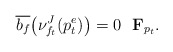
\begin{align*}\overline{b_f}\big(\nu_{f_t}^J(p_t^e)\big)=0\,\,\,\,{\mathbf F}_{p_t}.\end{align*}